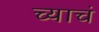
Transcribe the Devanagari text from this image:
च्याचं